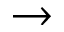
\rightarrow